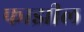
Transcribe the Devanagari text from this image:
फाझील